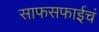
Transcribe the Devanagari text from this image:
साफसफाईचं